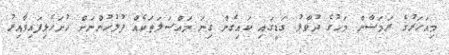
މިއަހަރުގެ ރަމަޟާން މަހުގެ ދުވާލު ގަޑީގައި ކައިގެން ގިނަ މައްސަލަތަކެއް ފުލުހުންނަށް ހުށަހެޅިފައިވާއިރު